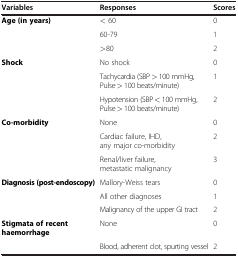
<table><thead><tr><td><b>Variables</b></td><td><b>Responses</b></td><td><b>Scores</b></td></tr></thead><tbody><tr><td><b>Age (in years)</b></td><td>&lt; 60</td><td>0</td></tr><tr><td>[EMPTY_CELL]</td><td>60-79</td><td>1</td></tr><tr><td>[EMPTY_CELL]</td><td>&gt;80</td><td>2</td></tr><tr><td><b>Shock</b></td><td>No shock</td><td>0</td></tr><tr><td>[EMPTY_CELL]</td><td>Tachycardia (SBP &gt; 100 mmHg, Pulse &gt; 100 beats/minute)</td><td>1</td></tr><tr><td>[EMPTY_CELL]</td><td>Hypotension (SBP &lt; 100 mmHg, Pulse &gt; 100 beats/minute)</td><td>2</td></tr><tr><td><b>Co-morbidity</b></td><td>None</td><td>0</td></tr><tr><td>[EMPTY_CELL]</td><td>Cardiac failure, IHD, any major co-morbidity</td><td>2</td></tr><tr><td>[EMPTY_CELL]</td><td>Renal/liver failure, metastatic malignancy</td><td>3</td></tr><tr><td><b>Diagnosis (post-endoscopy)</b></td><td>Mallory-Weiss tears</td><td>0</td></tr><tr><td>[EMPTY_CELL]</td><td>All other diagnoses</td><td>1</td></tr><tr><td>[EMPTY_CELL]</td><td>Malignancy of the upper GI tract</td><td>2</td></tr><tr><td><b>Stigmata of recent haemorrhage</b></td><td>None</td><td>0</td></tr><tr><td>[EMPTY_CELL]</td><td>Blood, adherent clot, spurting vessel</td><td>2</td></tr></tbody></table>